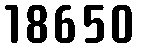
18650